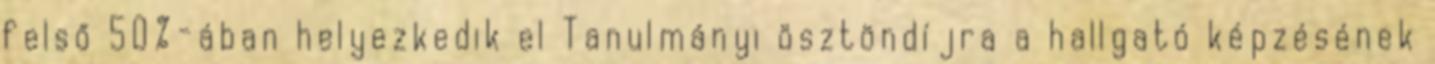
felső 50%-ában helyezkedik el Tanulmányi ösztöndíjra a hallgató képzésének